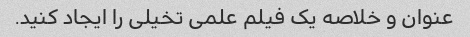
عنوان و خلاصه یک فیلم علمی تخیلی را ایجاد کنید.